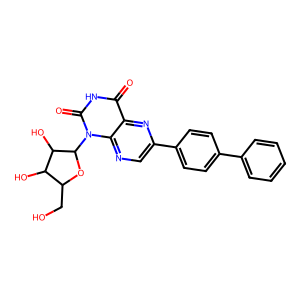
SMILES: O=c1[nH]c(=O)n(C2OC(CO)C(O)C2O)c2ncc(-c3ccc(-c4ccccc4)cc3)nc12
Inhibits HIV replication: No